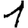
Digit: 1